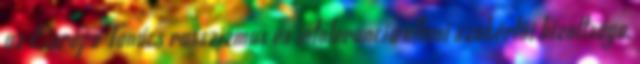
az Európa Tanács rasszizmus és intolerancia elleni szakértői bizottsága,